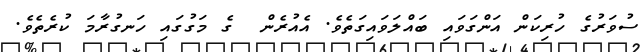
ސުވަރުގެ ހުރިކަން އަންގަވައި ބައްލަވައިގަތެވެ. އެއުރެން  ގެ މަގުގައި ހަނގުރާމަ ކުރެތެވެ.